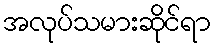
အလုပ်သမားဆိုင်ရာ